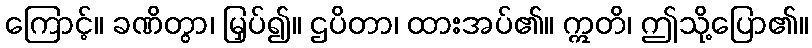
ကြောင့်။ ခဏိတွာ၊ မြှပ်၍။ ဌပိတာ၊ ထားအပ်၏။ ဣတိ၊ ဤသို့ပြော၏။